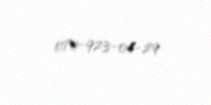
070-923-04-29